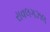
રાવલગઝલ